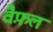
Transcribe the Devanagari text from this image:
वैफ़ल